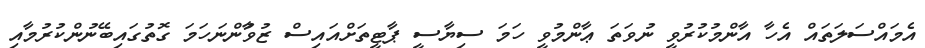
އެމައްސަލަތައް އެހާ އާންމުކުރުވީ ނުވަތަ ޢާންމުވީ ހަމަ ސިޔާސީ ޕާޓީތަށްއައިސް ޒުވާުންނަހަމަ ގޮތުގައިބޭނުންކުރުމާއި